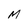
Character: M